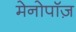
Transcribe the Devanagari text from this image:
मेनोपॉज़